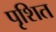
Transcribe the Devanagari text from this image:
पृशित